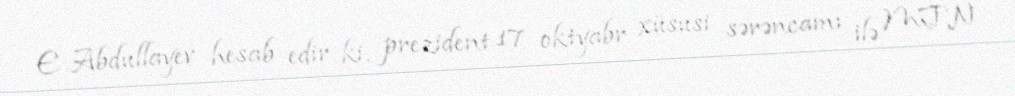
E.Abdullayev hesab edir ki, prezident 17 oktyabr xüsusi sərəncamı ilə MTN